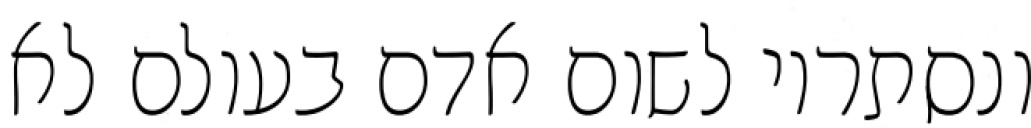
ונסתריו לשום אדם בעולם לא